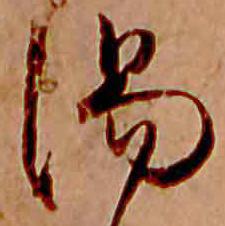
湯